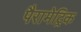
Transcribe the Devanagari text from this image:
पैरामेट्रिक